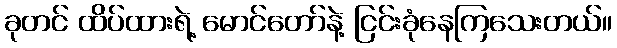
ခုတင် ထိပ်ထားရဲ့ မောင်တော်နဲ့ ငြင်းခုံနေကြသေးတယ်။